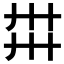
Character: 𢌽